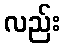
လည်း